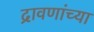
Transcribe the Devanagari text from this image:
द्रावणांच्या